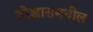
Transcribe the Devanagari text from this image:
जोझासमधील